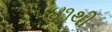
૫૪૧થી